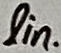
Text: lin.